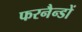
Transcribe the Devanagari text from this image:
फरनैन्डों